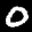
Label: 0